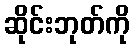
ဆိုင်းဘုတ်ကို